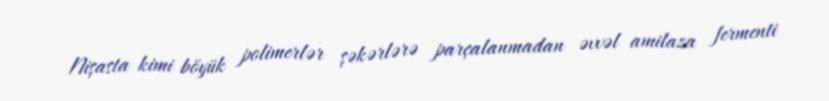
Nişasta kimi böyük polimerlər şəkərlərə parçalanmadan əvvəl amilaza fermenti